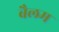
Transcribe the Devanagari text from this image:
बैलम